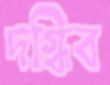
দগ্ধিব